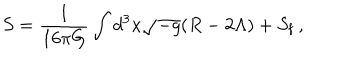
S = \frac { 1 } { 1 6 \pi G } \int d ^ { 3 } x \sqrt { - g } ( R - 2 \Lambda ) + S _ { \mathrm { f } } \, ,